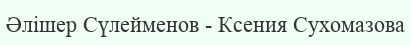
Әлішер Сүлейменов - Ксения Сухомазова